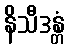
နိသီဒန္တံ